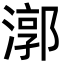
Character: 漷